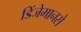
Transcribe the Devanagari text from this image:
डिंजेमानसे